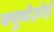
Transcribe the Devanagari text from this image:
क्युबोज़ोई